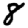
Digit: 8